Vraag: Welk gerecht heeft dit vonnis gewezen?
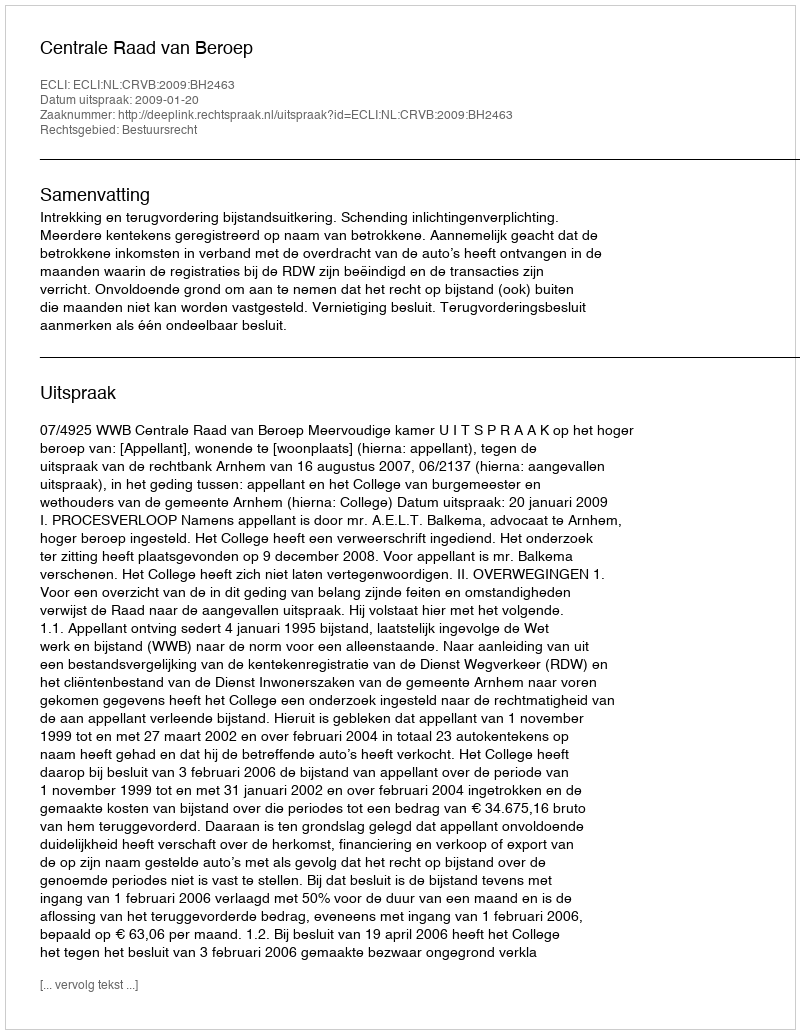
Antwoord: Centrale Raad van Beroep